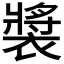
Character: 𫌏